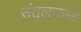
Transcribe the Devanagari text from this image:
संतुलनास